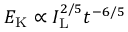
{ \cal E } _ { \mathrm { K } } \propto I _ { \mathrm { L } } ^ { 2 / 5 } t ^ { - 6 / 5 }